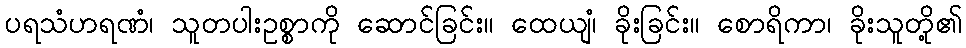
ပရသံဟရဏံ၊ သူတပါးဥစ္စာကို ဆောင်ခြင်း။ ထေယျံ၊ ခိုးခြင်း။ စောရိကာ၊ ခိုးသူတို့၏